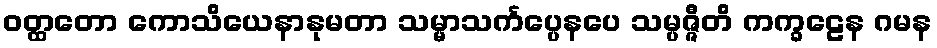
ဝတ္ထတော ကောသိယေနာနုမတာ သမ္မာသင်္ကပ္ပေနပေ သမ္ပဇ္ဇီတိ ကက္ခဠေန ဂမန